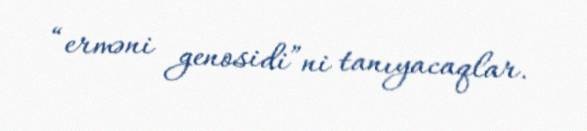
“erməni genosidi”ni tanıyacaqlar.